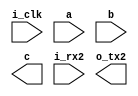




`timescale 1ps/1ps
module TEST_TOP1(
    input wire i_clk,
    input wire[31:0] a,
    input wire[31:0] b,
    output reg[31:0] c,

        //
    input wire i_rx2,
    output wire o_tx2
);




endmodule